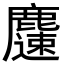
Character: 𪋝